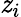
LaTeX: \mathit{z}_{i}